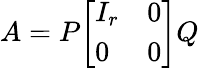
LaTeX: A=P{\left[\begin{array}{ll}{I_{r}}&{0}\\ {0}&{0}\end{array}\right]}Q